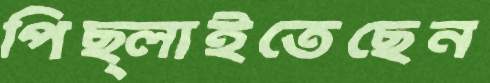
পিছ্‌লাইতেছেন